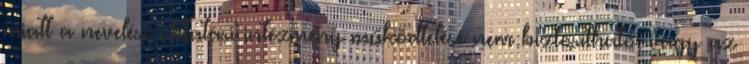
miatt a nevelési-oktatási intézmény működtetése nem biztosítható, vagy az